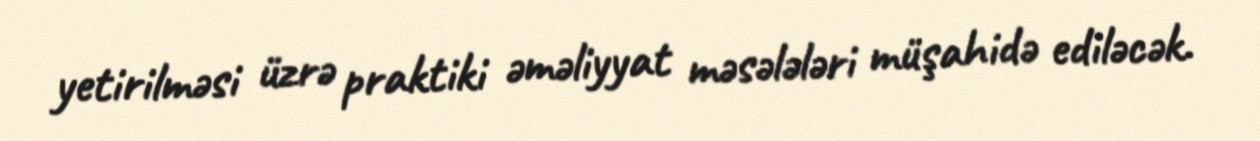
yetirilməsi üzrə praktiki əməliyyat məsələləri müşahidə ediləcək.